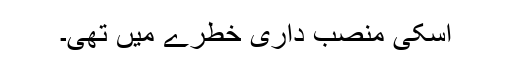
اسکی منصب داری خطرے میں تھی۔